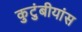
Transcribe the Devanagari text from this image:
कुटुंबीयांस